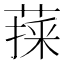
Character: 𦷀